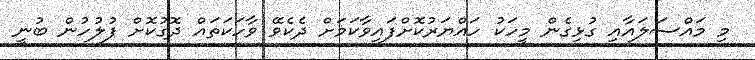
މި މައްސަލައާއި ގުޅިގެން މީހަކު ހައްޔަރުކޮށްފައިވާކަމަށް ދެކެވޭ ވާހަކަތައް ދޮގުކޮށް ފުލުހުން ބުނީ